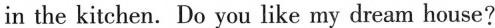
in the kitchen. Do you like my dream house?